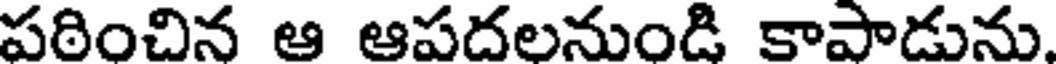
పఠించిన ఆ ఆపదలనుండి కాపాడును.